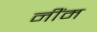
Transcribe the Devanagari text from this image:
नींम